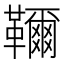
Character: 𩍦